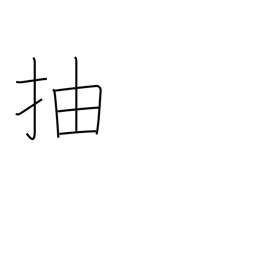
Meaning: excel